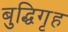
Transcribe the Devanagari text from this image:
बुद्धिगृह